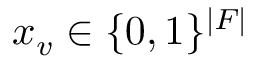
x _ { v } \in \{ 0 , 1 \} ^ { | F | }